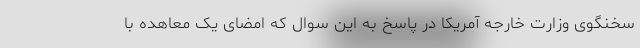
سخنگوی وزارت خارجه آمریکا در پاسخ به این سوال که امضای یک معاهده با